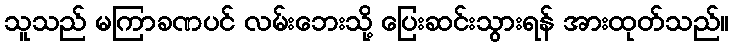
သူသည် မကြာခဏပင် လမ်းဘေးသို့ ပြေးဆင်းသွားရန် အားထုတ်သည်။